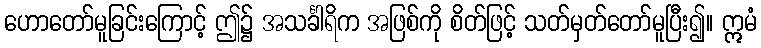
ဟောတော်မူခြင်းကြောင့် ဤ၌ အသင်္ခါရိက အဖြစ်ကို စိတ်ဖြင့် သတ်မှတ်တော်မူပြီး၍။ ဣမံ